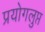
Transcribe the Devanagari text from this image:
प्रयोगलुप्त